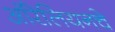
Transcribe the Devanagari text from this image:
ऑरेलियनचे